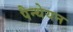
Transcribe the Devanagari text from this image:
पैन्थेयन